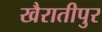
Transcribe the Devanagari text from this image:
खैरातीपुर